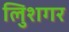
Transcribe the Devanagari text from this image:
लुिशगर